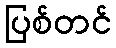
ပြစ်တင်